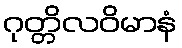
ဂုတ္တိလဝိမာနံ